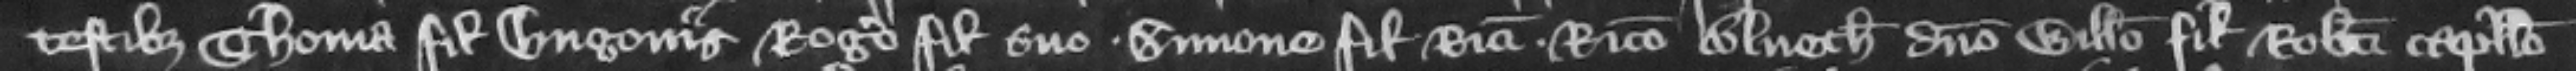
testibus Thoma filio Hugonis Rogero filio suo. Simone filio Ricardi. Ricardo Blueth domino Willelmo filio Roberti capellano